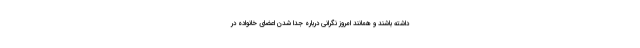
داشته باشند و همانند امروز نگرانی درباره جدا شدن اعضای خانواده در